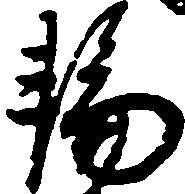
輪